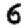
Digit: 6